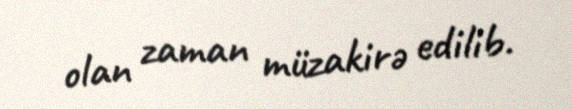
olan zaman müzakirə edilib.